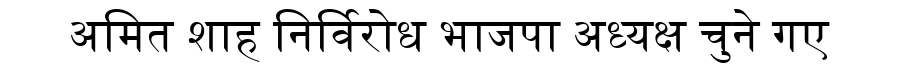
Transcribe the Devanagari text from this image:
अमित शाह निर्विरोध भाजपा अध्यक्ष चुने गए